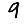
Digit: 9